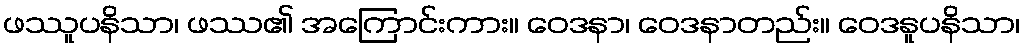
ဖဿူပနိသာ၊ ဖဿ၏ အကြောင်းကား။ ဝေဒနာ၊ ဝေဒနာတည်း။ ဝေဒနူပနိသာ၊